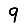
Digit: 9